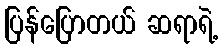
ပြန်ပြောတယ် ဆရာရဲ့